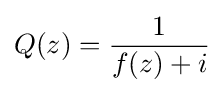
Q(z)={\frac {1}{f(z)+i}}